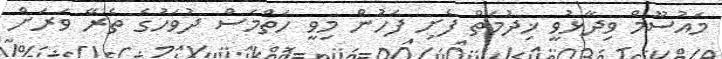
މައުސޫމް ވިދާޅުވީ ޚިދުމަތް ފެށި ފަހުން މިވީ ހަތްމަސް ދުވަހުގެ ތެރޭ ވަރަށް